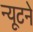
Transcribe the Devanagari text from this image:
न्यूटने